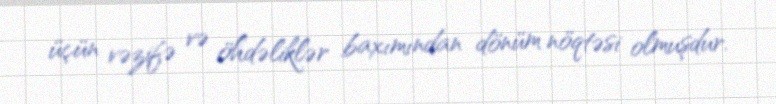
üçün vəzifə və öhdəliklər baxımından dönüm nöqtəsi olmuşdur.